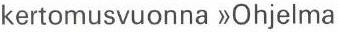
kertomusvuonna >>Ohjelma